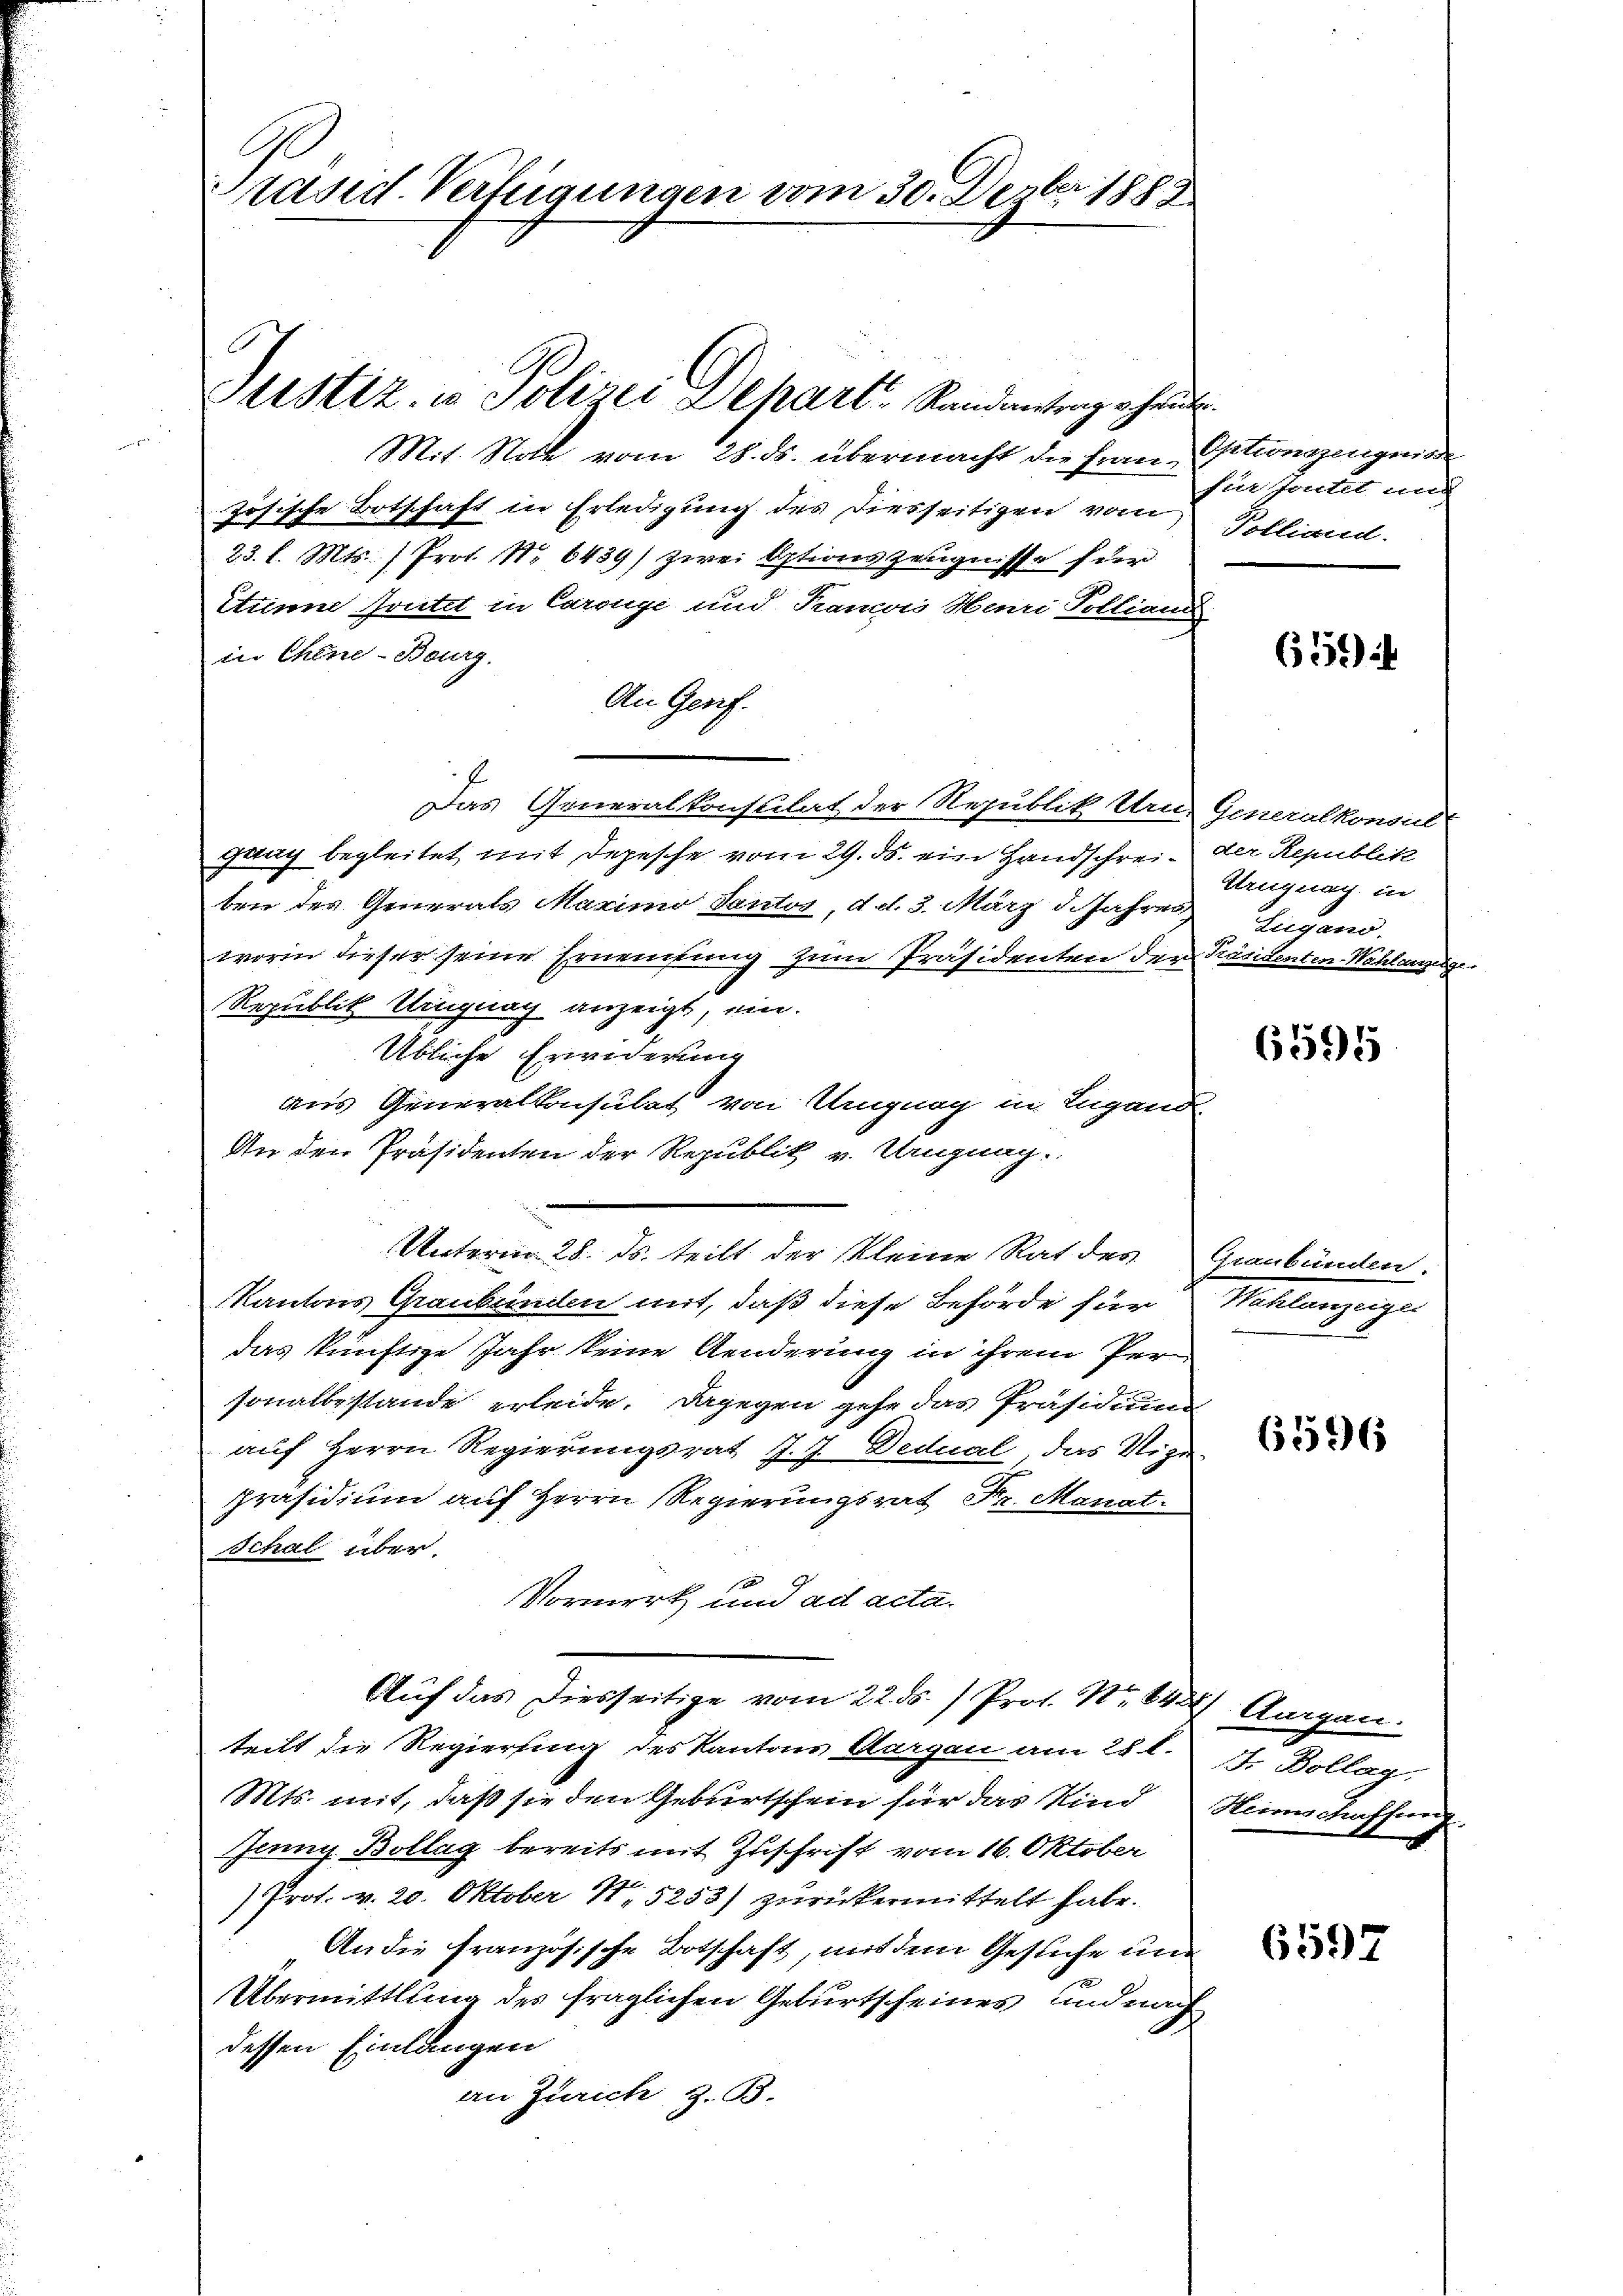
Prasid. Verfügungen vom 30. Derber 1883

Mit Noth vom 28. ds. übermacht die Frau-
zösische Botschaft in Erledigung des Diesseitigen vom
23. d. Mts. 1 Prof. Nr. 6439) zwei Aptionszeugnisse für
Stune soutet in Carouge und Tramois Henri Pollian
in Chine-Bourg
An Genf.
Das Generalkonsulat der Republik Um-
gung begleitet mit Depesche vom 29. ds. ein Handschrei-
ben des Generals Maximo Tantor, d. d. 3. März d. Jahren
worin dieser seine Erneutung zum Präsidenten der
Republik Uinguag anzeigt, ein
übliche Erwiderung
aus Generalkonsulat von Ungung in Ingand
An den Präsidenten der Republik u. Umguag.
Unterm 28. ds. teilt der Kleine Rat des
Kantons Graubünden mit, daß diese Behörde für
das künftige Jahr keine Aenderung in ihrem Per-
sonalbestände erleide. Dagegen gehe das Präsidium
auf Herrn Regierungsrat J. J. Dedual, das Nige
präsidium auf Herrn Regierungsrat Fr. Monat.
Schal über.
Vormerk und ad acta.
Auf das Diesseitige vom 22. ds. Prof. Nr. 843
teilt die Regierung des Kantons Aargau am 28t.
Mts. mit, daß sie den Geburtschein für das Kind
Jan Bollag bereits mit Zuschrift vom 16. Oktober
Prot. v. 20. Oktober N. 5253) zurückermittelt habe.
An die französische Botschaft, mit dem Gesuche und
Übermittlung des fraglichen Geburtscheines und nach
dessen Einlangen
an Zürich z. B.

Austiz, in Polizei Separt Randantrag ehret.

Opitionagengenen
fin fontet und
Polliand.

632) i

Generalkonsul
der Republik
Uruguag in
Lugano
Präsidenten-Wahlergerge

6596.

Graubünden
Melangungen

6596

Augen.
Fr Bollag.
Heimschaffung

6597